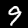
Label: 9